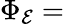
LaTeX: \Phi_{\mathcal{E}}=\,